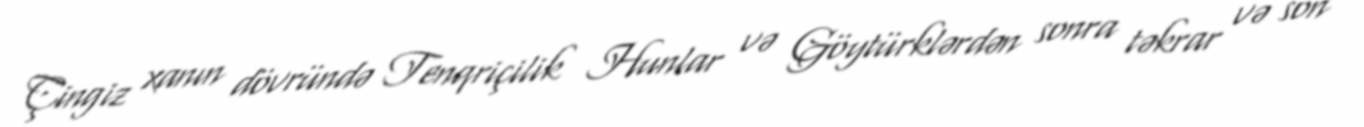
Çingiz xanın dövründə Tenqriçilik Hunlar və Göytürklərdən sonra təkrar və son